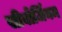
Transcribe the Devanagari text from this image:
सीबोर्जियम